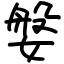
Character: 媻